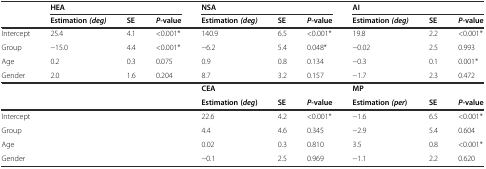
<table><thead><tr><td></td><td colspan="3"><b>HEA</b></td><td colspan="3"><b>NSA</b></td><td colspan="3"><b>AI</b></td></tr><tr><td></td><td><b>Estimation<i>(deg)</i></b></td><td><b>SE</b></td><td><b><i>P-</i>value</b></td><td><b>Estimation<i>(deg)</i></b></td><td><b>SE</b></td><td><b><i>P-</i>value</b></td><td><b>Estimation<i>(deg)</i></b></td><td><b>SE</b></td><td><b><i>P-</i>value</b></td></tr></thead><tbody><tr><td>Intercept</td><td>25.4</td><td>4.1</td><td>&lt;0.001*</td><td>140.9</td><td>6.5</td><td>&lt;0.001*</td><td>19.8</td><td>2.2</td><td>&lt;0.001*</td></tr><tr><td>Group</td><td>−15.0</td><td>4.4</td><td>&lt;0.001*</td><td>−6.2</td><td>5.4</td><td>0.048*</td><td>−0.02</td><td>2.5</td><td>0.993</td></tr><tr><td>Age</td><td>0.2</td><td>0.3</td><td>0.075</td><td>0.9</td><td>0.8</td><td>0.134</td><td>−0.3</td><td>0.1</td><td>0.001*</td></tr><tr><td>Gender</td><td>2.0</td><td>1.6</td><td>0.204</td><td>8.7</td><td>3.2</td><td>0.157</td><td>−1.7</td><td>2.3</td><td>0.472</td></tr><tr><td></td><td></td><td></td><td></td><td colspan="3"><b>CEA</b></td><td colspan="3"><b>MP</b></td></tr><tr><td></td><td></td><td></td><td></td><td><b>Estimation (</b><b><i>deg</i></b><b>)</b></td><td><b>SE</b></td><td><b><i>P</i></b><b>-value</b></td><td><b>Estimation</b><b><i>(per</i></b><b>)</b></td><td><b>SE</b></td><td><b><i>P</i></b><b>-value</b></td></tr><tr><td colspan="4">Intercept</td><td>22.6</td><td>4.2</td><td>&lt;0.001*</td><td>−1.6</td><td>6.5</td><td>&lt;0.001*</td></tr><tr><td colspan="4">Group</td><td>4.4</td><td>4.6</td><td>0.345</td><td>−2.9</td><td>5.4</td><td>0.604</td></tr><tr><td colspan="4">Age</td><td>0.02</td><td>0.3</td><td>0.810</td><td>3.5</td><td>0.8</td><td>&lt;0.001*</td></tr><tr><td colspan="4">Gender</td><td>−0.1</td><td>2.5</td><td>0.969</td><td>−1.1</td><td>2.2</td><td>0.620</td></tr></tbody></table>